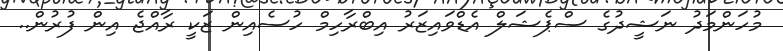
މުހަންމަދު ނަޝީދުގެ ސްޕެޝަލް އެޑްވައިޒަރު އިބްރާހިމް ހުސެއިން ޒަކީ ރާއްޖެ އިން ފުރުން..